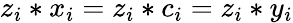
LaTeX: z_{i}*x_{i}=z_{i}*c_{i}=z_{i}*y_{i}